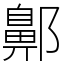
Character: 𨞳